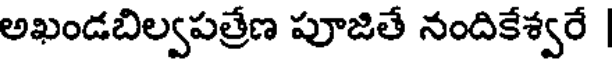
అఖండబిల్వపత్రేణ పూజితే నందికేశ్వరే |